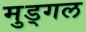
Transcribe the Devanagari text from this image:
मुड्गल